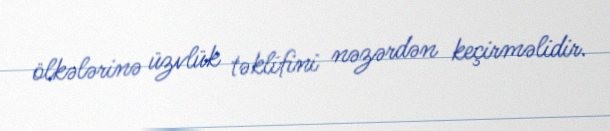
ölkələrinə üzvlük təklifini nəzərdən keçirməlidir.